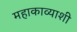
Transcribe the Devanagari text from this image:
महाकाव्याशी